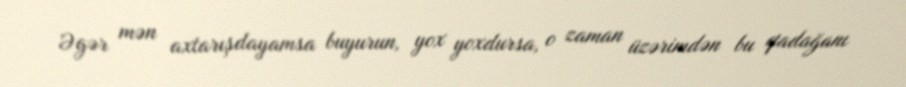
Əgər mən axtarışdayamsa buyurun, yox yoxdursa, o zaman üzərimdən bu qadağanı